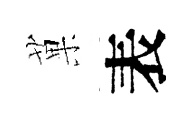
菓表